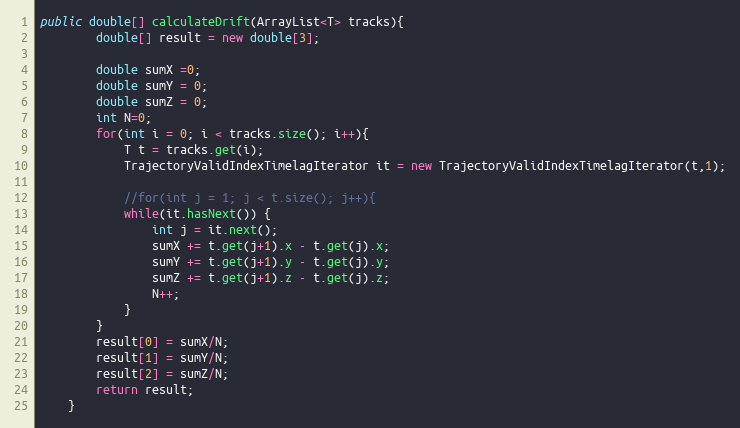
Language: Java
public double[] calculateDrift(ArrayList<T> tracks){
		double[] result = new double[3];

		double sumX =0;
		double sumY = 0;
		double sumZ = 0;
		int N=0;
		for(int i = 0; i < tracks.size(); i++){
			T t = tracks.get(i);
			TrajectoryValidIndexTimelagIterator it = new TrajectoryValidIndexTimelagIterator(t,1);

			//for(int j = 1; j < t.size(); j++){
			while(it.hasNext()) {
				int j = it.next();
				sumX += t.get(j+1).x - t.get(j).x;
				sumY += t.get(j+1).y - t.get(j).y;
				sumZ += t.get(j+1).z - t.get(j).z;
				N++;
			}
		}
		result[0] = sumX/N;
		result[1] = sumY/N;
		result[2] = sumZ/N;
		return result;
	}